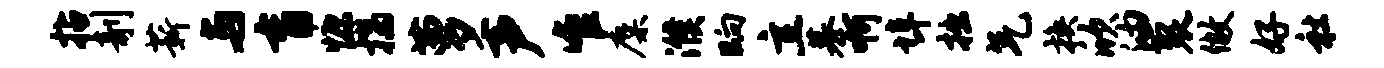
拈剞薪与盲慷揣萝声唯麋濮晌立慕啊埠拙气换欣油裂做好社